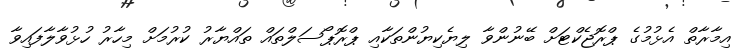
އިމާރާތް އެޅުމުގެ ޕްރޮޖެކްޓަށް ބޭނުންވާ ލިޔެކިޔުންތަކާއި ޕްރޮޕޯސަލްތައް ތައްޔާރު ކުރުމަށް މިހާރު ހުޅުވާލާފައިވާ